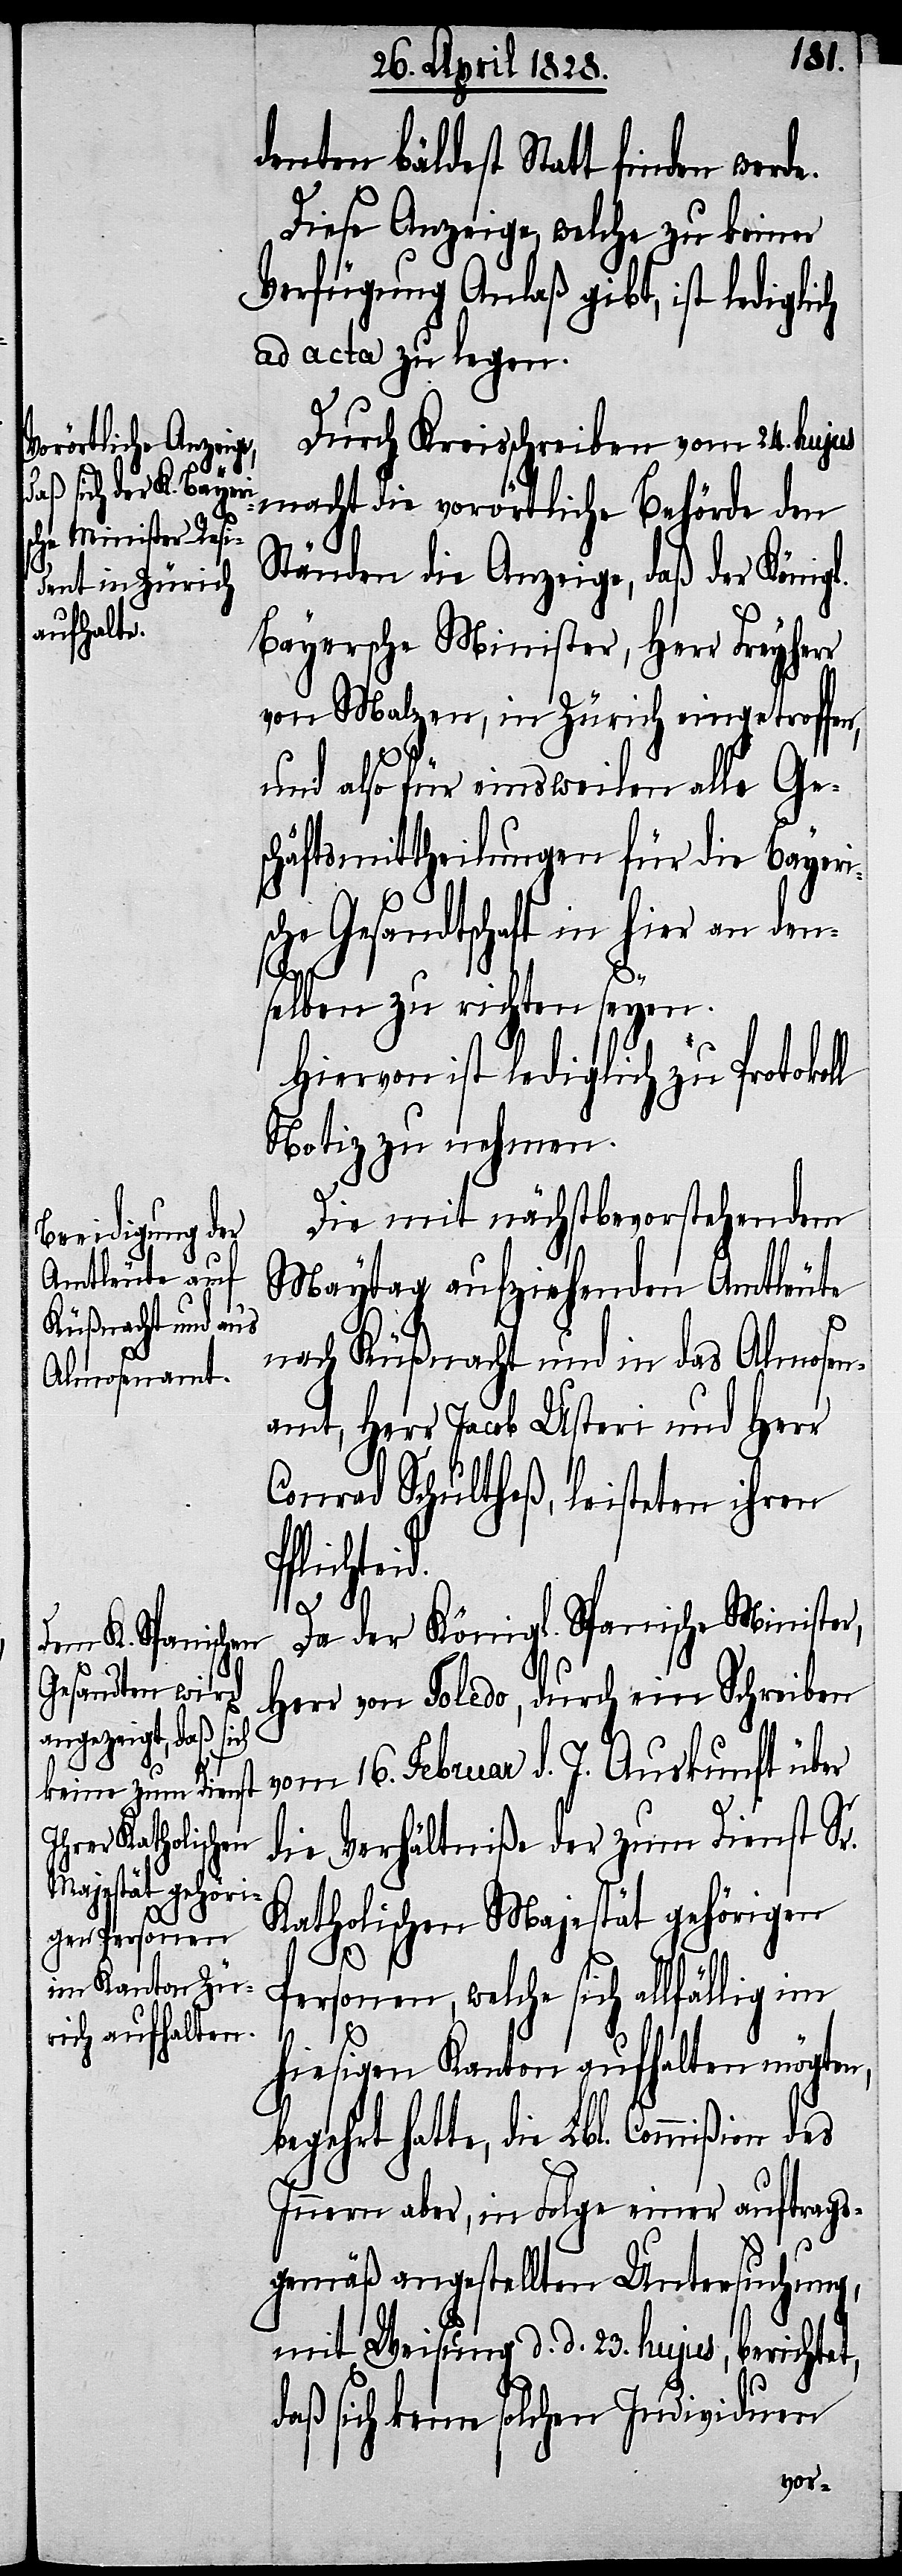
t,
denten bäldest Statt finden
Diese Anzeige, welche zu keiner
Verfügung Anlaß gibt, ist lediglich
ad acta zu legen.
Durch Kreisschreiben vom 24. hujus
macht die vorörtliche Behörde den
Ständen die Anzeige, daß der Königl.
Bayersche Minister, Herr Freyherr
von Malzen, in Zürich eingetroffen,
und also für einsweilen alle Ge¬
schäftsmittheilungen für die Bayeri¬
sche Gesandtschaft in hier an den¬
selben zu richten seyen.
Hiervon ist lediglich zu Protokol¬
Notiz zu nehmen.
Die mit nächstbevorstehenden
Maytag aufziehenden Amtleute
nach Küßnacht und in das Almosen¬
amt, Herr Jacob Usteri und Herr
Conrad Schultheß, leisteten ihren
Da der Königl. Spanische Minister,
Herr von Toledo, durch ein Schreiben
vom 16. Februar d. J. Auskunft über
die Verhältniße der zum Dienst Sr.
Katholischen Majestät gehörigen
l
Personen, welche sich allfällig im
hiesigen Kanton aufhalten mögten,
hatte, die Lbl. Commißion des
Innern aber, in Folge einer auftrags¬
gemäß angestellten Untersuchung,
mit Weisung d. d. 23. hujus, berichte¬
daß sich keine solchen Individuen